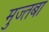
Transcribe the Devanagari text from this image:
मुज्तबा